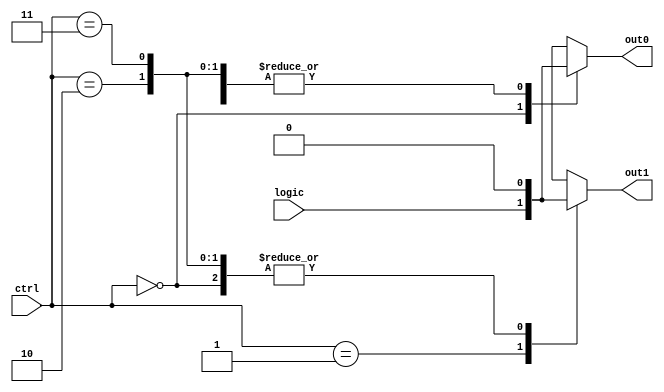
module demux(input wire logic, input wire [1:0] ctrl, output reg out0, out1);
  
  always @ (logic or ctrl) begin
    case (ctrl)
      2'b00: begin
        out0 <= logic;
        out1 <= 1'b0;
      end
      2'b01: begin
        out0 <= 1'b0;
        out1 <= logic;
      end
      2'b10: begin
        out0 <= 1'b0;
        out1 <= 1'b0;
      end
      2'b11: begin
        out0 <= 1'b0;
        out1 <= 1'b0;
      end
    endcase
  end
  
endmodule